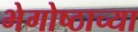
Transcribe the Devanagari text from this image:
भेगोष्ठाच्या